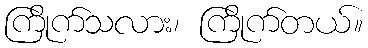
ကြိုက်သလား၊ ကြိုက်တယ်။